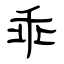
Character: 乖